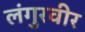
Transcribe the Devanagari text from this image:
लंगुरवीर